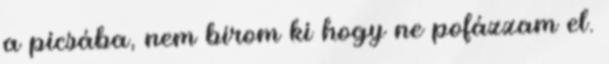
a picsába, nem bírom ki hogy ne pofázzam el.